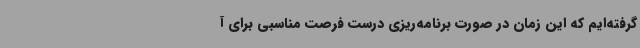
گرفته‌ایم که این زمان در صورت برنامه‌ریزی درست فرصت مناسبی برای آ